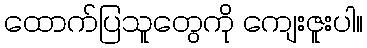
ထောက်ပြသူတွေကို ကျေးဇူးပါ။